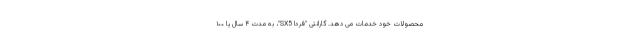
محصولات خود خدمات می دهد. گارانتی "فردا SX5"، به مدت ۴ سال یا ۱۰۰